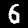
Digit: 6